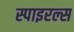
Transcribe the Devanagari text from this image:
स्पाइरल्स